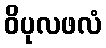
ဝိပုလဖလံ